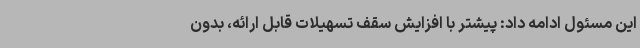
این مسئول ادامه داد: پیشتر با افزایش سقف تسهیلات قابل ارائه، بدون